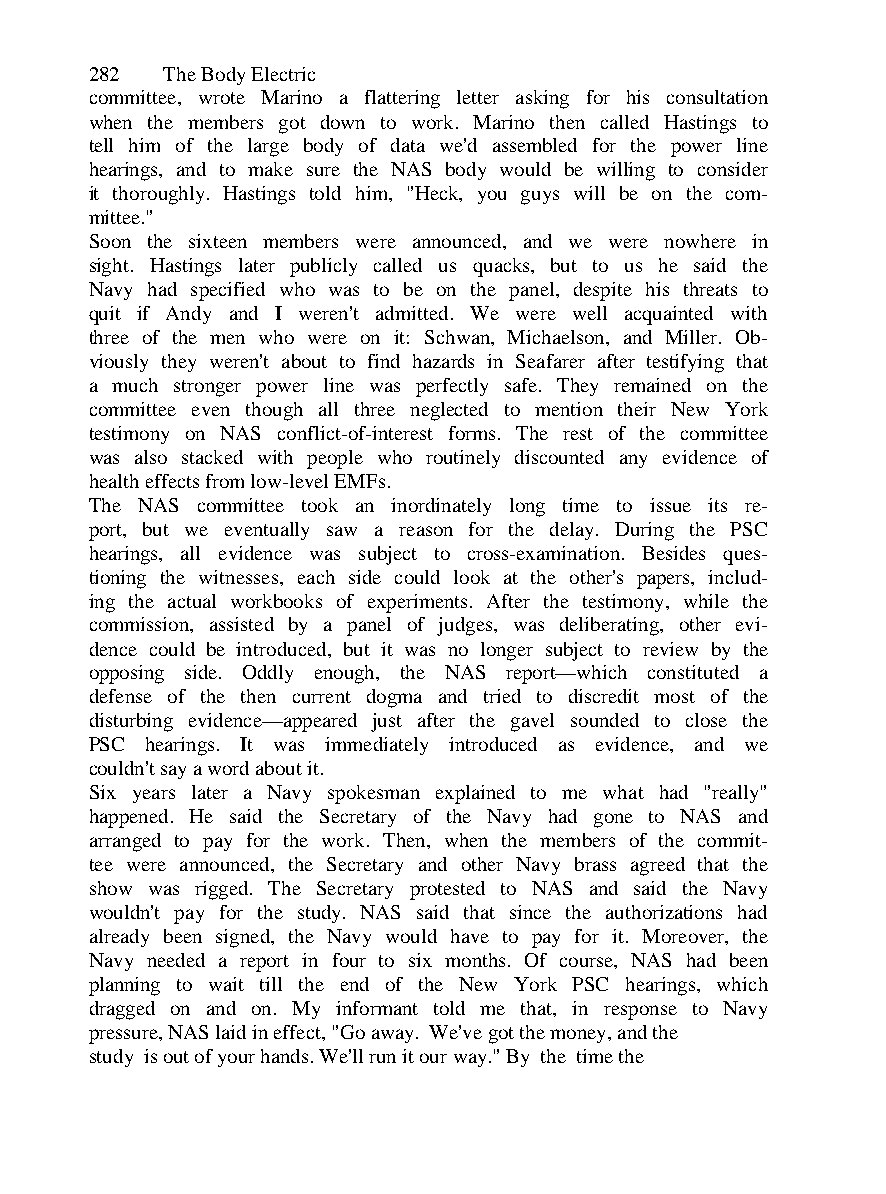
282  The Body Electric
 committee, wrote Marino a flattering letter asking for his consultation
 when the members got down to work. Marino then called Hastings to
 tell him of the large body of data we'd assembled for the power line
 hearings, and to make sure the NAS body would be willing to consider
 it thoroughly. Hastings told him, "Heck, you guys will be on the com-
 mittee."
 Soon the sixteen members were announced, and we were nowhere in
 sight. Hastings later publicly called us quacks, but to us he said the
 Navy had specified who was to be on the panel, despite his threats to
 quit if Andy and I weren't admitted. We were well acquainted with
 three of the men who were on it: Schwan, Michaelson, and Miller. Ob-
 viously they weren't about to find hazards in Seafarer after testifying that
 a much stronger power line was perfectly safe. They remained on the
 committee even though all three neglected to mention their New York
 testimony on NAS conflict-of-interest forms. The rest of the committee
 was also stacked with people who routinely discounted any evidence of
 health effects from low-level EMFs.
 The NAS committee took an inordinately long time to issue its re-
 port, but we eventually saw a reason for the delay. During the PSC
 hearings, all evidence was subject to cross-examination. Besides ques-
 tioning the witnesses, each side could look at the other's papers, includ-
 ing the actual workbooks of experiments. After the testimony, while the
 commission, assisted by a panel of judges, was deliberating, other evi-
 dence could be introduced, but it was no longer subject to review by the
 opposing side. Oddly enough, the NAS report—which constituted a
 defense of the then current dogma and tried to discredit most of the
 disturbing evidence—appeared just after the gavel sounded to close the
 PSC hearings. It was immediately introduced as evidence, and we
 couldn't say a word about it.
 Six years later a Navy spokesman explained to me what had "really"
 happened. He said the Secretary of the Navy had gone to NAS and
 arranged to pay for the work. Then, when the members of the commit-
 tee were announced, the Secretary and other Navy brass agreed that the
 show was rigged. The Secretary protested to NAS and said the Navy
 wouldn't pay for the study. NAS said that since the authorizations had
 already been signed, the Navy would have to pay for it. Moreover, the
 Navy needed a report in four to six months. Of course, NAS had been
 planning to wait till the end of the New York PSC hearings, which
 dragged on and on. My informant told me that, in response to Navy
 pressure, NAS laid in effect, "Go away. We've got the money, and the
 study is out of your hands. We'll run it our way." By the time the